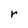
Character: r